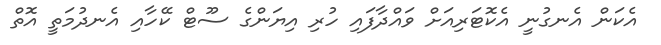
އެކަން އެނގުނީ އެކޮޓަރިއަށް ވައްދާފައި ހުރި އިޔަންގެ ސޫޓް ކޭހާއި އެނދުމަތީ އޮތް